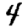
Digit: 4